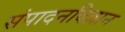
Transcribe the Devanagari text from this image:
संपादनविज्ञान